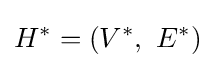
H^{*}=(V^{*},\ E^{*})